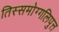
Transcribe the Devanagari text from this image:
तिस्समोग्गलिपुत्त